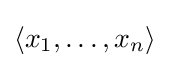
\langle x_{1},\ldots ,x_{n}\rangle